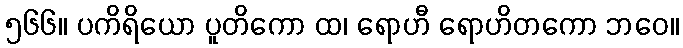
၅၆၆။ ပကိရိယော ပူတိကော ထ၊ ရောဟီ ရောဟိတကော ဘဝေ။